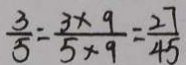
\frac { 3 } { 5 } = \frac { 3 \times 9 } { 5 \times 9 } = \frac { 2 7 } { 4 5 }